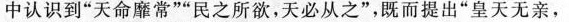
中认识到”天命靡常””民之所欲，天必从之”，既而提出”皇天无亲，